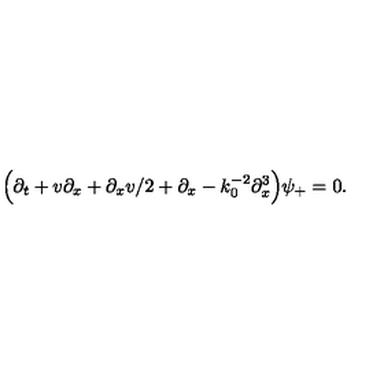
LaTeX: \Bigl ( \partial _ { t } + v \partial _ { x } + \partial _ { x } v / 2 + \partial _ { x } - k _ { 0 } ^ { - 2 } \partial _ { x } ^ { 3 } \Bigr ) \psi _ { + } = 0 .